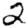
Digit: 2